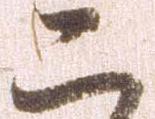
こ